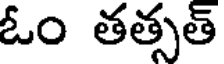
ఓం తత్సత్